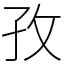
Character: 孜